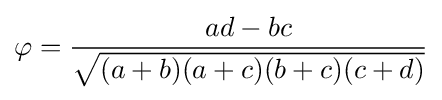
\varphi ={\frac {ad-bc}{\sqrt {(a+b)(a+c)(b+c)(c+d)}}}